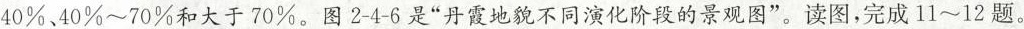
40%。11.图